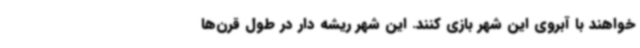
‌خواهند با آبروی این شهر بازی کنند. این شهر ریشه دار در طول قرن‌ها